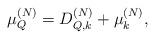
LaTeX: \begin{align*}\mu_Q^{(N)} = D_{Q,k}^{(N)} + \mu_k^{(N)},\end{align*}